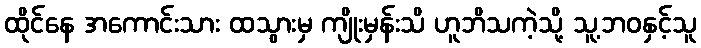
ထိုင်နေ အကောင်းသား ထသွားမှ ကျိုးမှန်းသိ ဟူဘိသကဲ့သို့ သူ့ဘဝနှင့်သူ